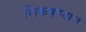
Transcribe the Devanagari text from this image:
शिकवण्याचं